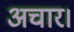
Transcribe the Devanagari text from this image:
अचार।